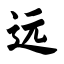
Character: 远